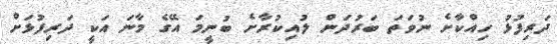
ދަރިފުޅު ހިއްކާށެ ނުވަތަ ބަރުދަން ލުއިކުރާށެ ބުނީމަ އޭގެ މާނަ އަކީ ދަރިފުޅަށް